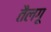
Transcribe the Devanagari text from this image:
तैलगू